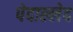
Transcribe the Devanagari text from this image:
पेदाल्लेद